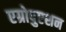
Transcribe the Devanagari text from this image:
एग्रोपुएशन